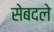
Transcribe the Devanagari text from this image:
सेबदले